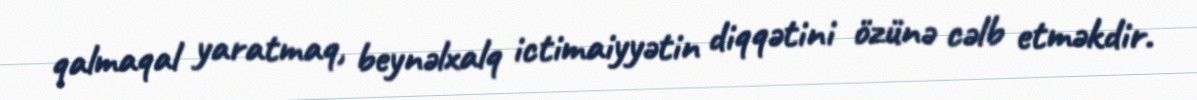
qalmaqal yaratmaq, beynəlxalq ictimaiyyətin diqqətini özünə cəlb etməkdir.